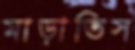
মাড়াতিস